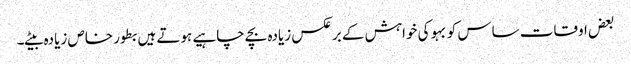
بعض اوقات ساس کو بہو کی خواہش کے برعکس زیادہ بچے چاہیے ہوتے ہیں بطور خاص زیادہ بیٹے۔